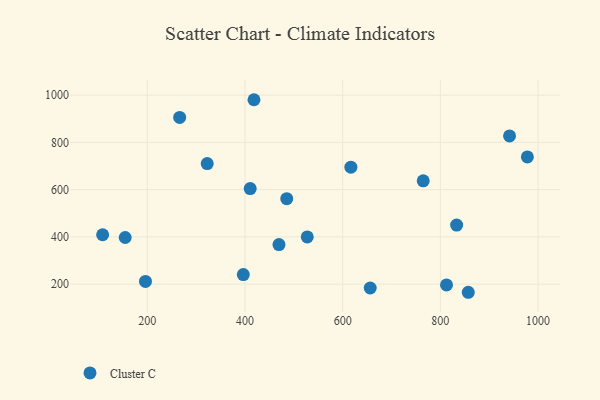
{"axis": {"x": "Experience", "y": "Demand"}, "legend": ["Cluster C"], "data": [{"x": "656.4", "y": 183.4, "type": "Cluster C"}, {"x": "812.6", "y": 196.6, "type": "Cluster C"}, {"x": "396.6", "y": 240.2, "type": "Cluster C"}, {"x": "941.6", "y": 827.2, "type": "Cluster C"}, {"x": "108.6", "y": 409.0, "type": "Cluster C"}, {"x": "410.7", "y": 604.4, "type": "Cluster C"}, {"x": "485.5", "y": 561.7, "type": "Cluster C"}, {"x": "833.3", "y": 449.8, "type": "Cluster C"}, {"x": "418.4", "y": 980.5, "type": "Cluster C"}, {"x": "527.5", "y": 399.5, "type": "Cluster C"}, {"x": "616.8", "y": 694.9, "type": "Cluster C"}, {"x": "196.3", "y": 211.5, "type": "Cluster C"}, {"x": "978.1", "y": 738.4, "type": "Cluster C"}, {"x": "857.1", "y": 165.4, "type": "Cluster C"}, {"x": "154.8", "y": 397.3, "type": "Cluster C"}, {"x": "764.9", "y": 637.1, "type": "Cluster C"}, {"x": "469.6", "y": 367.3, "type": "Cluster C"}, {"x": "266.3", "y": 905.7, "type": "Cluster C"}, {"x": "322.7", "y": 710.4, "type": "Cluster C"}]}